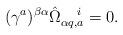
LaTeX: \begin{align*}(\gamma^a)^{\beta\alpha}\hat\Omega_{\alpha q,a}^{~~~i}=0.\end{align*}